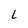
Character: L